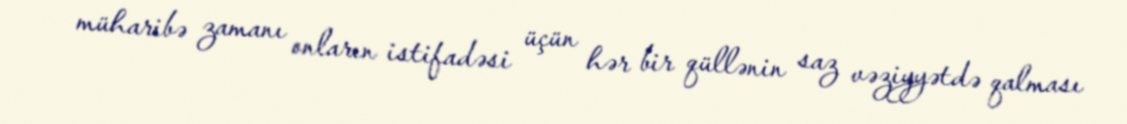
müharibə zamanı onların istifadəsi üçün hər bir qüllənin saz vəziyyətdə qalması